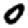
Digit: 0